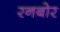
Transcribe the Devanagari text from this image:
रनबोर